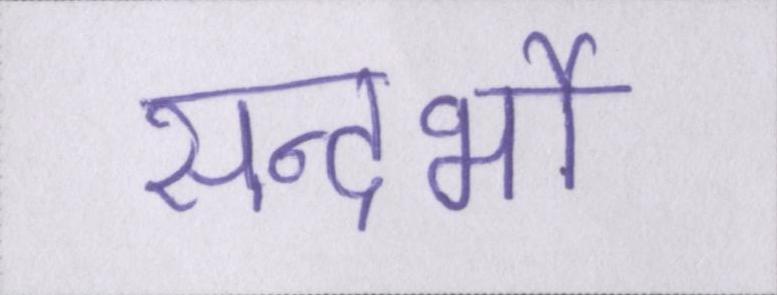
सन्दर्भो